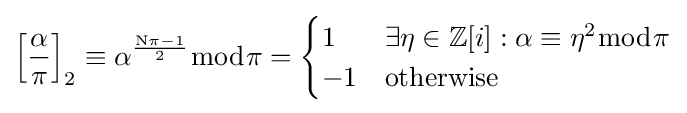
\left[{\frac {\alpha }{\pi }}\right]_{2}\equiv \alpha ^{\frac {\mathrm {N} \pi -1}{2}}{\bmod {\pi }}={\begin{cases}1&\exists \eta \in \mathbb {Z} [i]:\alpha \equiv \eta ^{2}{\bmod {\pi }}\\-1&{\text{otherwise}}\end{cases}}